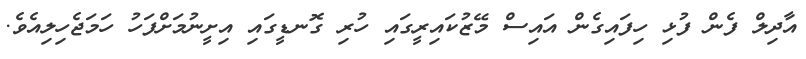
އާދިލް ފެން ފުޅި ހިފައިގެން އައިސް މޭޒުކައިރީގައި ހުރި ގޮނޑީގައި އިށީނުމަށްފަހު ހަމަޖެހިލިއެވެ.